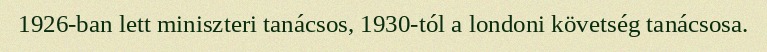
1926-ban lett miniszteri tanácsos, 1930-tól a londoni követség tanácsosa.